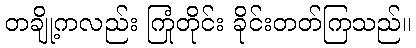
တချို့ကလည်း ကြုံတိုင်း ခိုင်းတတ်ကြသည်။